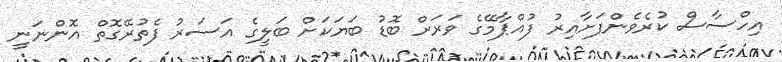
އިހްސާސް ކުރެވެންފަށާއިރު ފުއްޕާމޭގެ ވަރަށް ބޮޑު ބަޔަކަށް ބަލީގެ އަސަރު ފެތުރޭގޮތް އޮންނަނީ